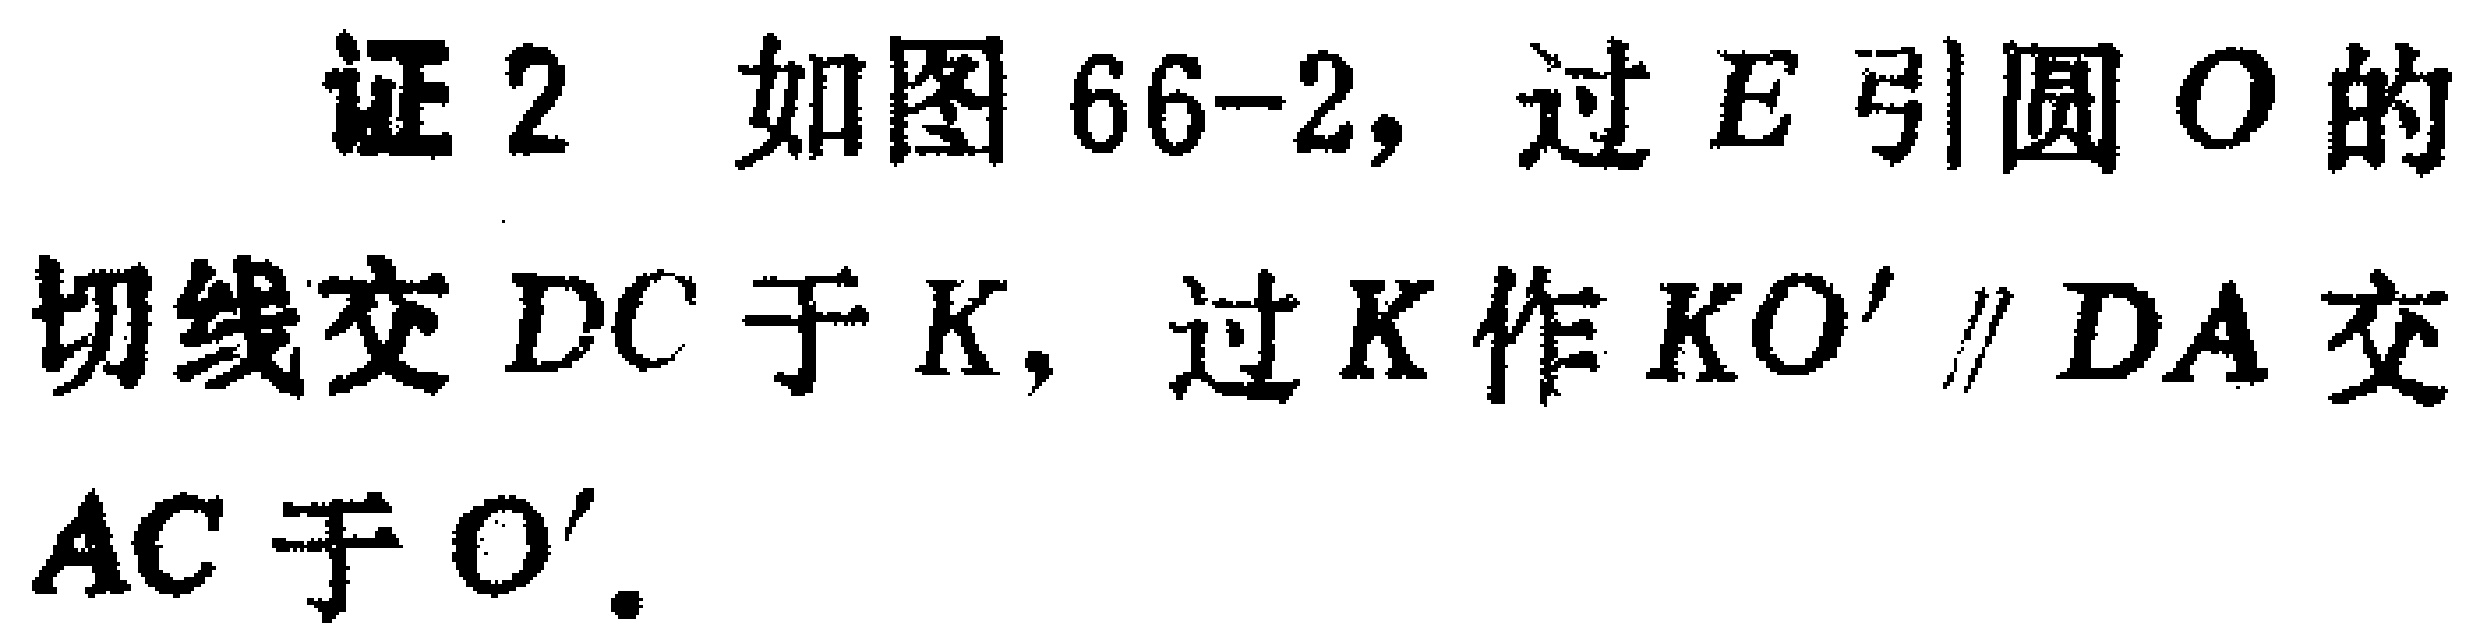
证2 如图66-2, 过\(E\)引圆\(O\)的切线交\(DC\)于\(K\), 过\(K\)作\(KO'\parallel DA\)交\(AC\)于\(O'\).